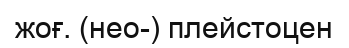
жоғ. (нео-) плейстоцен